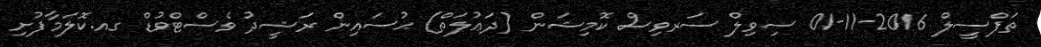
ތަފްސީލް 2016-11-01 ސިވިލް ސަރވިސް ކޮމިޝަން (ދަޢުލަތް) ޙުސައިން ރަޝީދު ވެސްޓްވުޑް ގއ.ކޮލަމާފުށި